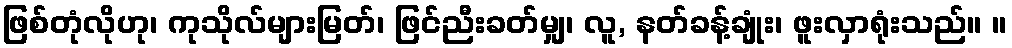
ဖြစ်တုံလိုဟု၊ ကုသိုလ်များမြတ်၊ ဖြင်ညီးခတ်မျှ၊ လူ, နတ်ခန့်ချုံး၊ ဖူးလှာရုံးသည်။ ။